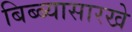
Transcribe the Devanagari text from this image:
बिब्ब्यासारखे